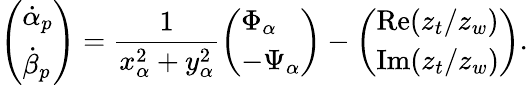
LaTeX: \left(\begin{array}{l}{\dot{\alpha}_{p}}\\ {\dot{\beta}_{p}}\end{array}\right)=\frac{1}{x_{\alpha}^{2}+y_{\alpha}^{2}}\left(\begin{array}{l}{\Phi_{\alpha}}\\ {-\Psi_{\alpha}}\end{array}\right)-\left(\begin{array}{l}{\operatorname{Re}(z_{t}/z_{w})}\\ {\operatorname{Im}(z_{t}/z_{w})}\end{array}\right).